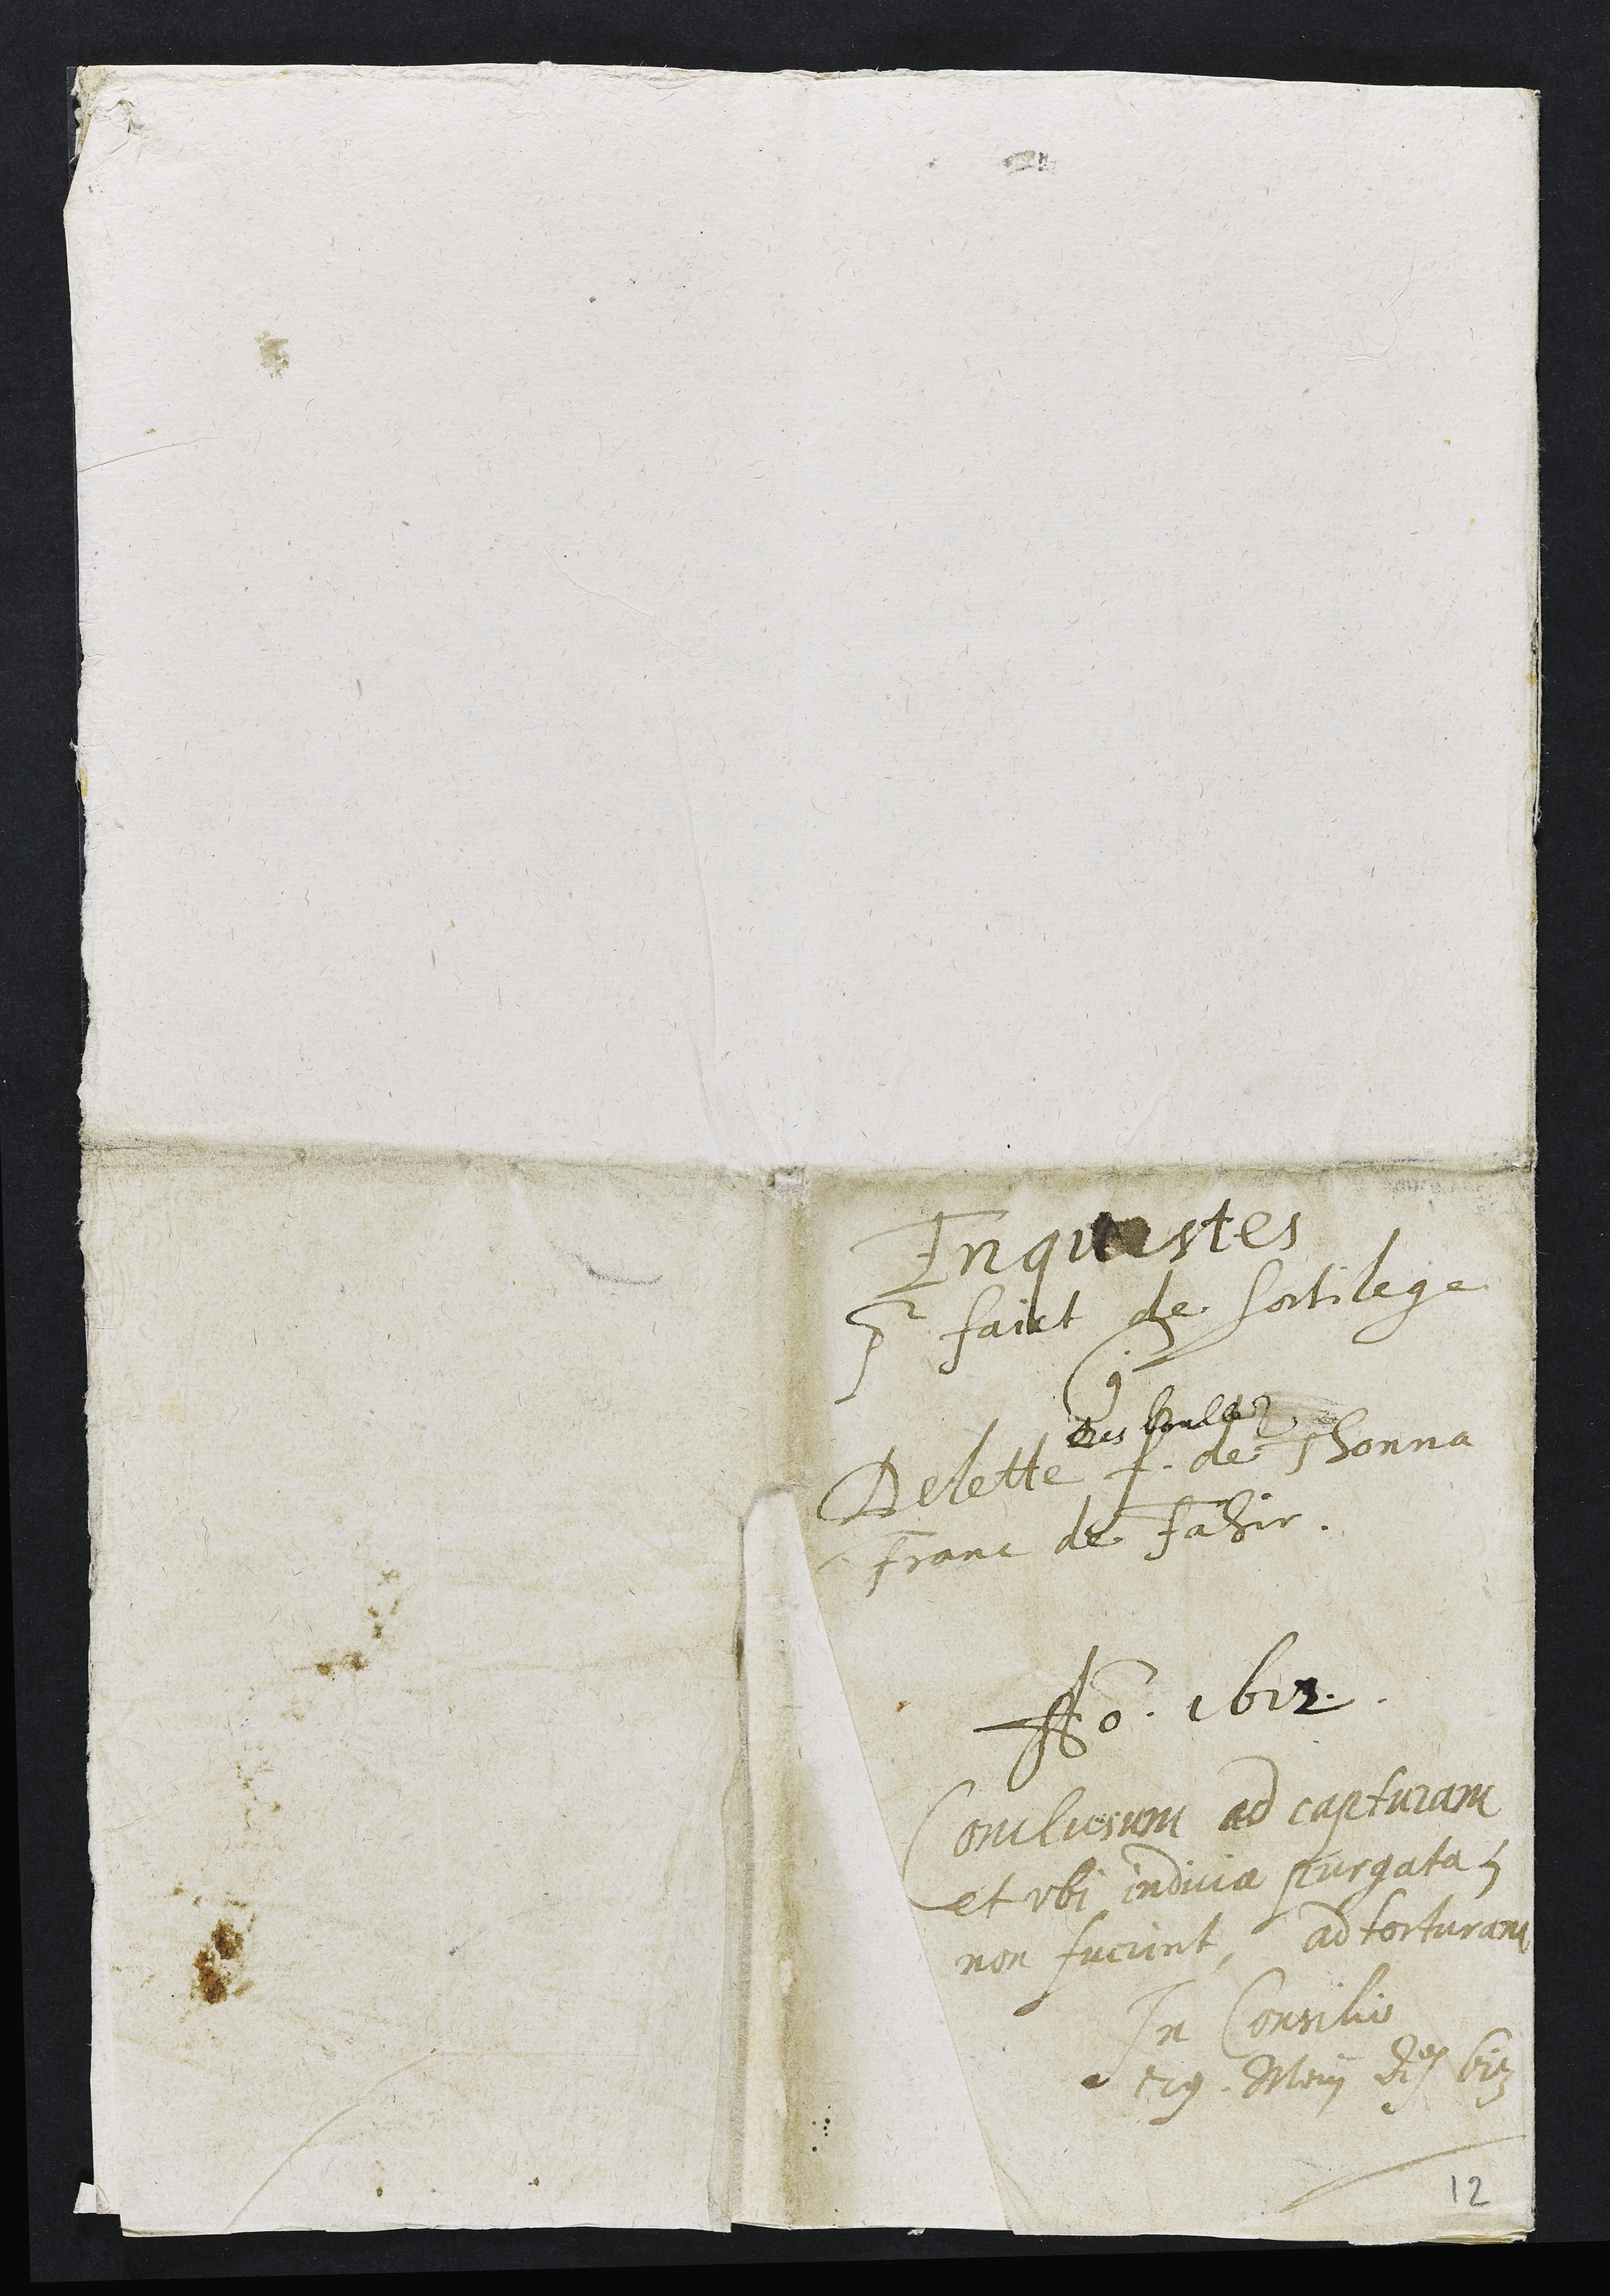
Inguestes
por faict de sortilege
Cque
Belette
des soule
4 de Thonna
Franc de fasir.
Aon. 1612
Concliesum ad capturam
et rbi indiia purgata
non fuciint adtorturant
In Consilio
29. Ali Ae 617